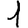
Digit: 1